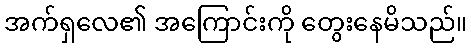
အက်ရှလေ၏ အကြောင်းကို တွေးနေမိသည်။